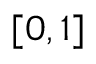
[ 0 , 1 ]